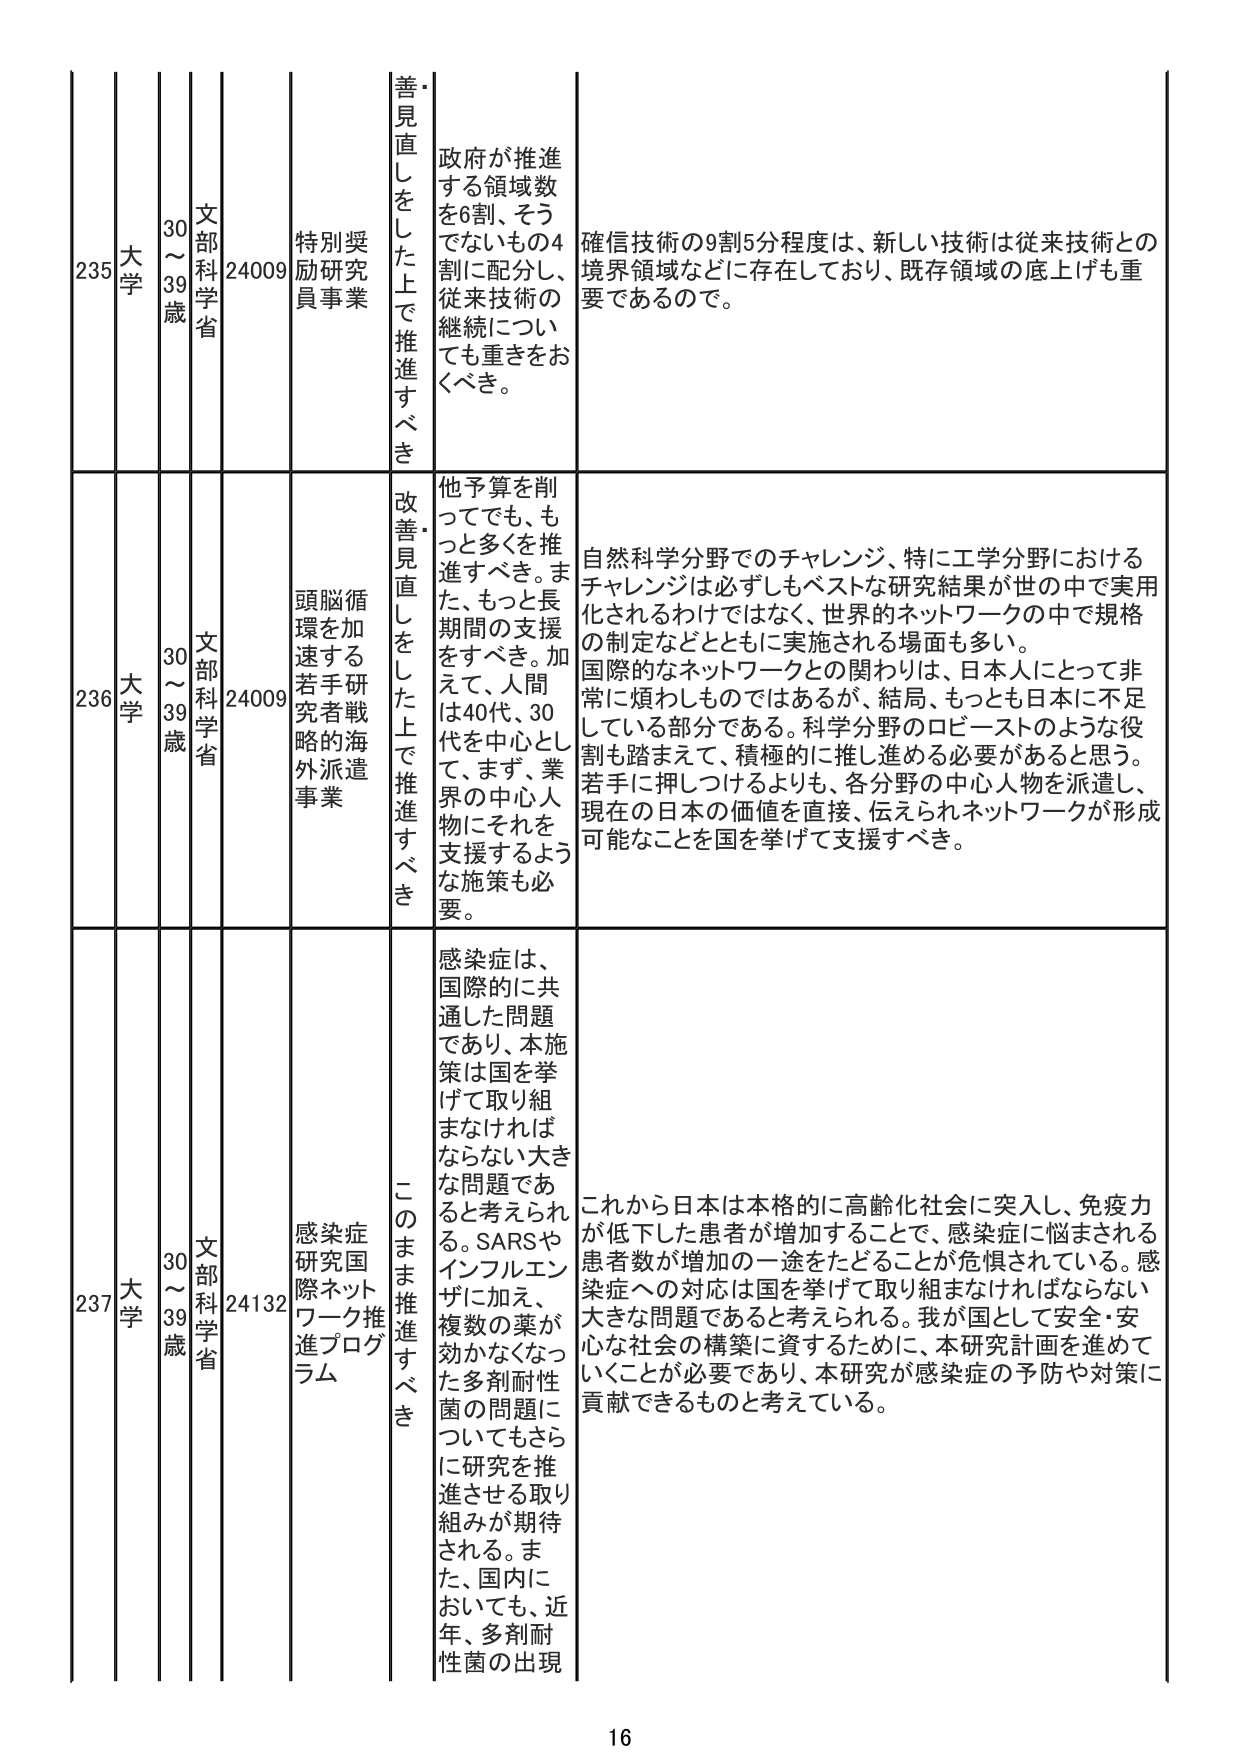
235 大学 30～39歳 文部科学省 24009 特別奨励研究員事業 善見直しをした上で推進すべき 政府が推進する領域数を6割、そうでないもの4割に配分し、従来技術の継続についても重きをおくべき。 確信技術の9割5分程度は、新しい技術は従来技術との境界領域などに存在しており、既存領域の底上げも重要であるので。

236 大学 30～39歳 文部科学省 24009 頭脳循環を加速する若手研究者戦略的海外派遣事業 改善見直しをした上で推進すべき 他予算を削ってでも、もっと多くを推進すべき。また、もっと長期間の支援をすべき。加えて、人間は40代、30代を中心として、まず、業界の中心人物にそれを支援するような施策も必要。 自然科学分野でのチャレンジ、特に工学分野におけるチャレンジは必ずしもベストな研究結果が世の中で実用化されるわけではなく、世界的ネットワークの中で規格の制定などとともに実施される場面も多い。国際的なネットワークとの関わりは、日本人にとって非常に煩わしいものではあるが、結局、もっとも日本に不足している部分である。科学分野のロビーストのような役割も踏まえて、積極的に推し進める必要があると思う。若手に押しつけるよりも、各分野の中心人物を派遣し、現在の日本の価値を直接、伝えられネットワークが形成可能なことを国を挙げて支援すべき。

237 大学 30～39歳 文部科学省 24132 感染症研究国際ネットワーク推進プログラム このまま推進すべき 感染症は、国際的に共通した問題であり、本施策は国を挙げて取り組まなければならない大きな問題であると考えられる。SARSやインフルエンザに加え、複数の薬が効かなくなった多剤耐性菌の問題についてもさらに研究を推進させる取り組みが期待される。また、国内においても、近年、多剤耐性菌の出現 これから日本は本格的に高齢化社会に突入し、免疫力が低下した患者が増加することで、感染症に悩まされる患者数が増加の一途をたどることが危惧されている。感染症への対応は国を挙げて取り組まなければならない大きな問題であると考えられる。我が国として安全・安心な社会の構築に資するために、本研究計画を進めていくことが必要であり、本研究が感染症の予防や対策に貢献できるものと考えている。

16